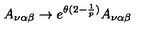
A _ { \nu \alpha \beta } \rightarrow e ^ { \theta ( 2 - \frac { 1 } { p } ) } A _ { \nu \alpha \beta }